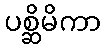
ပစ္ဆိမိကာ